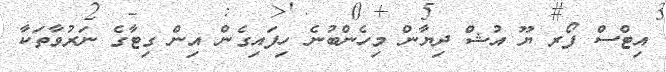
އިޓްސް ފޯރ ޔޫ އުޝް ދިޔާން މިހެންބުނެ ހިފައިގެން އިން ގިޓާގެ ނަރުވާތަކާ